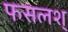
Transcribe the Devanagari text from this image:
फसलश्